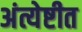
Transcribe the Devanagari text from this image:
अंत्येष्टीत